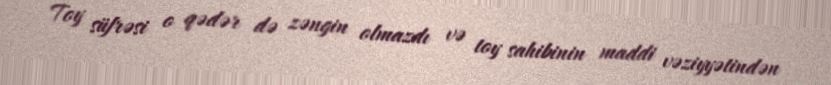
Toy süfrəsi o qədər də zəngin olmazdı və toy sahibinin maddi vəziyyətindən